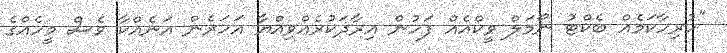
"ހުރިހާކަމެއް ބެކްޓު ނޯމަލް ވީކްއެއް ފަހުން އިރާދަކުރެއްވިއްޔާ އަހަރެން އަނެއްކާ ވެސް މީހެއްގެ